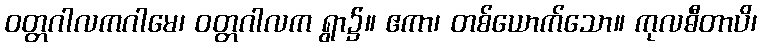
ဝတ္တဂါလကဂါမေ၊ ဝတ္တဂါလက ရွာ၌။ ဧကာ၊ တစ်ယောက်သော။ ကုလဓီတာပိ၊